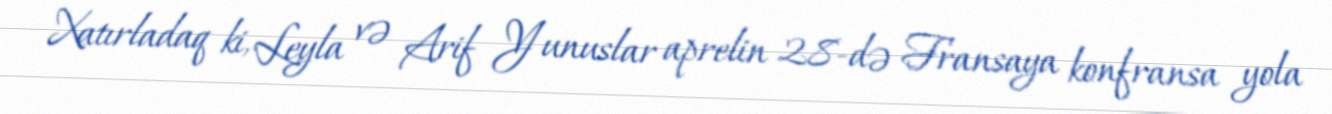
Xatırladaq ki, Leyla və Arif Yunuslar aprelin 28-də Fransaya konfransa yola